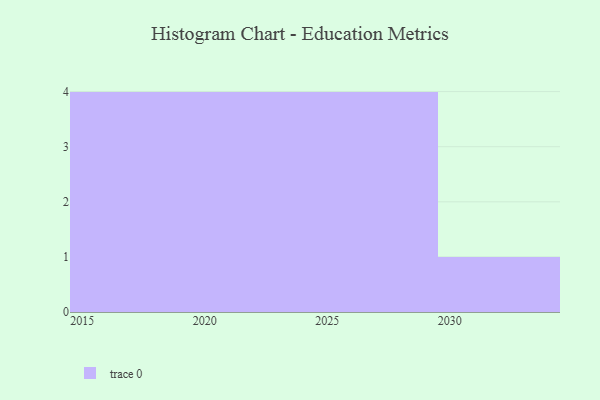
{"axis": {"x": "Year", "y": "Budget (USD K)"}, "legend": [""], "data": [{"x": "2025", "y": 29, "type": ""}, {"x": "2028", "y": 34, "type": ""}, {"x": "2019", "y": 19, "type": ""}, {"x": "2018", "y": 28, "type": ""}, {"x": "2029", "y": 4, "type": ""}, {"x": "2026", "y": 86, "type": ""}, {"x": "2030", "y": 18, "type": ""}, {"x": "2024", "y": 40, "type": ""}, {"x": "2016", "y": 97, "type": ""}, {"x": "2022", "y": 74, "type": ""}, {"x": "2021", "y": 76, "type": ""}, {"x": "2015", "y": 32, "type": ""}, {"x": "2023", "y": 52, "type": ""}]}